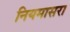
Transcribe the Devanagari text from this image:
नियमासरा